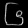
Digit: ၆